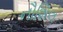
નૌશિલ